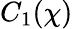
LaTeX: C_{1}(\chi)